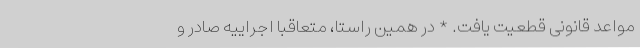
مواعد قانونی قطعیت یافت. * در همین راستا، متعاقباً اجراییه صادر و